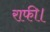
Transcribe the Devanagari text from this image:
राफी।